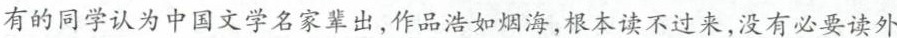
有的同学认为中国文学名家辈出，作品浩如烟海，根本读不过来，没有必要读外